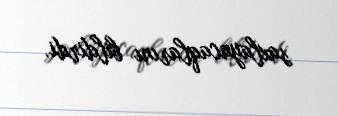
saxlayacaqlarını bildirdi.